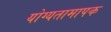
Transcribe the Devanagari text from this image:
योग्यतामापक